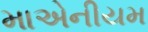
માએનીયમ